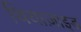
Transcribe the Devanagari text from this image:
थियाज़ाइड